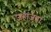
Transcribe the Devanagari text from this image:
जहांजहां